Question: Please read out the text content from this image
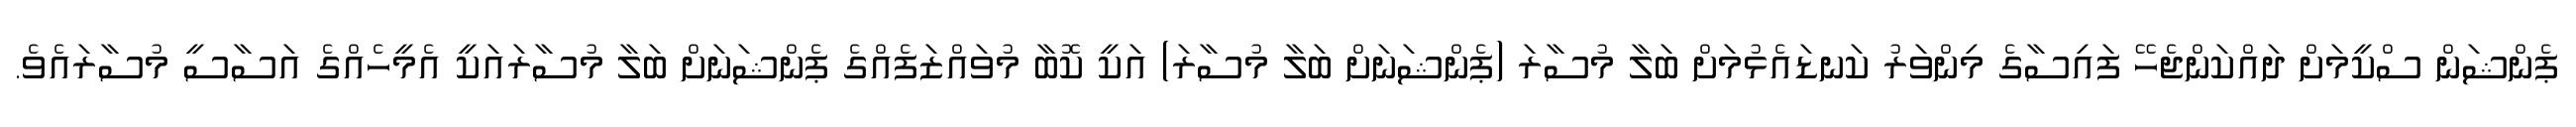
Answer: ޕެންޝަން ސްކީމަށް ދައްކަންޖެހޭ ފައިސާގެ މިންވަރު ކަނޑައެޅުމަށް ބަލާ މުސާރަ (ޕެންޝަނަށް ބަލާ މުސާރަ) އަކީ ކޮބާ މުވައްޒަފެއްގެ ޕެންޝަނަށް ބަލާ މުސާރައަކީ އެމީހެއްގެ އަސާސީ މުސާރައެވެ.